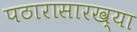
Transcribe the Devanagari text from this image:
पठारासारख्या